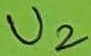
Text: U2